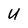
Character: U